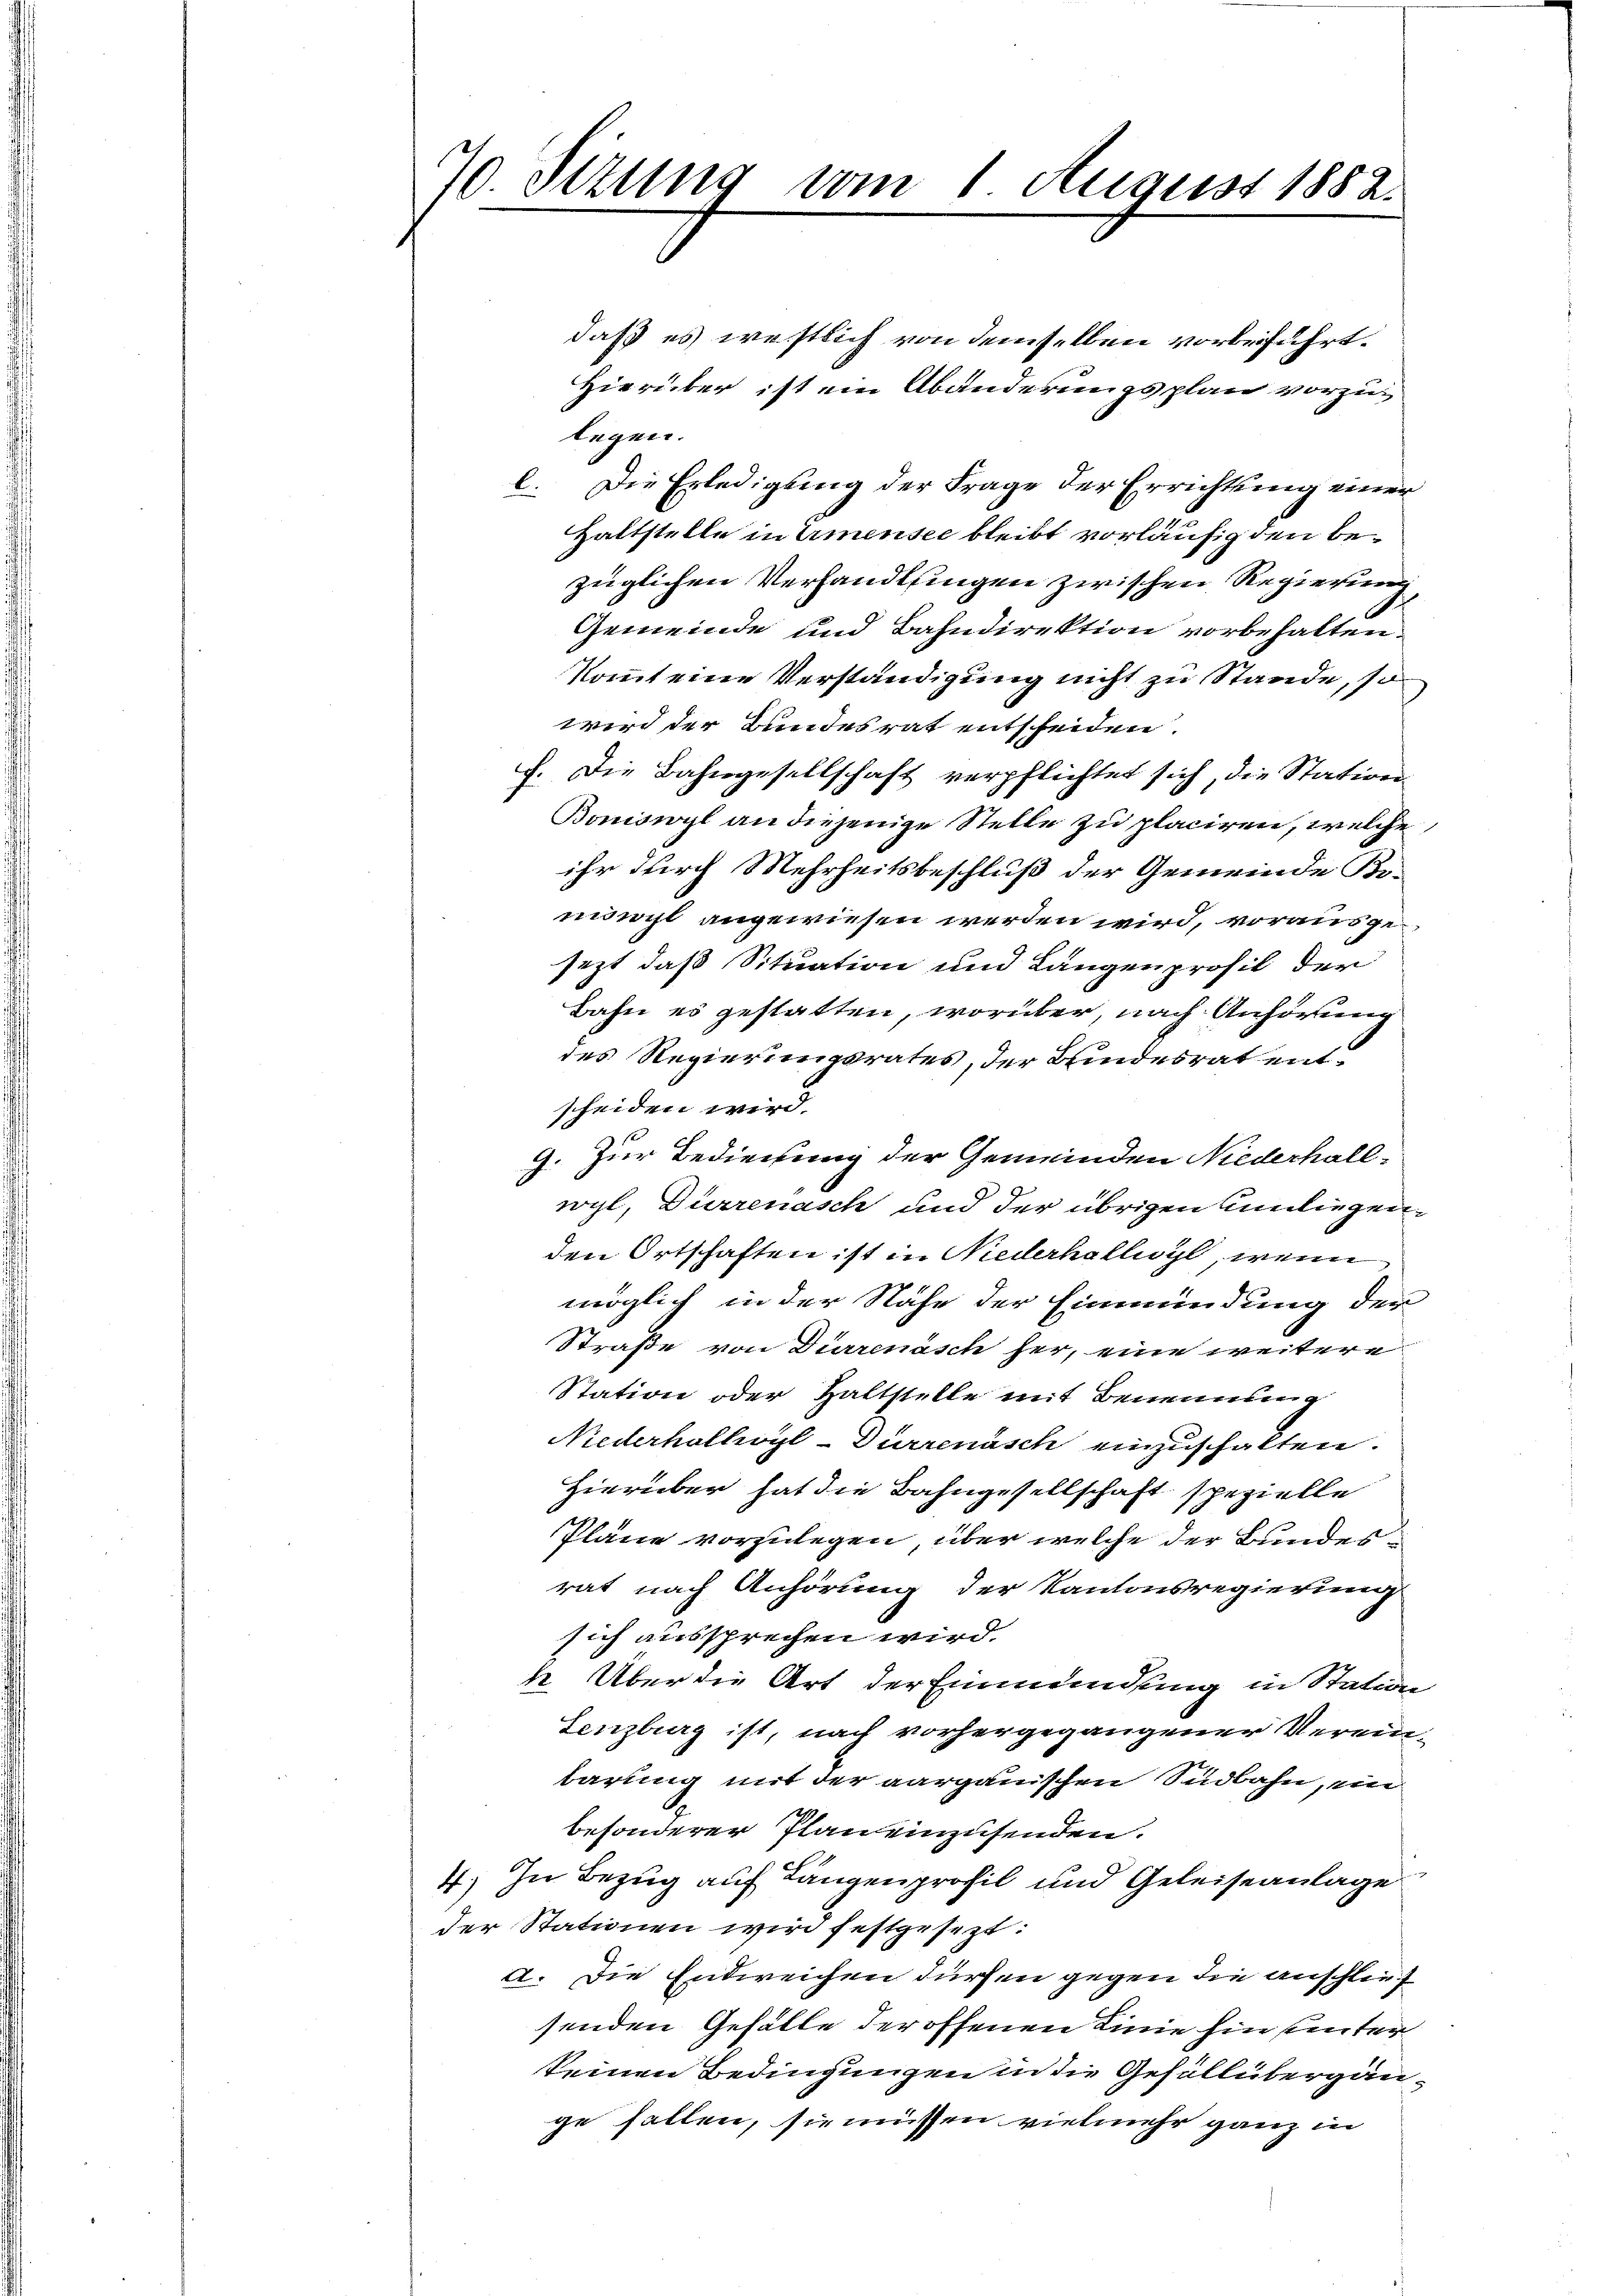
7 Setzung vom 1 August 1882.

daß es westlich von demselben vorbeiführt.
Hierüber ist ein Abänderungsplan vorzulegen.
l. Die Erledigung der Frage der Errichtung einer
Haltstelle in Armensee bleibt vorläufig den bezeglichen Verhandlungen zwischen Regierung,
Gemeinde und Bahndirektion vorbehalten.
kommt eine Verständigung nicht zu Stande, so
wird der Bundesrat entscheiden.
f. Die Bahngesellschaft verpflichtet sich, die Station
Boniswyl an diejenige Stelle zu placiren, welche
ihr durch Mehrheitsbeschluß der Gemeinde Be-
mihl angewiesen werden wird, vorausgesezt, daß Situation und Längenprofil der
Bahn es gestatten, worüber, nach Anhörung
des Regierungsrates, der Bindesrat entscheiden wird.
9. Zur Bedienung der Gemeinden Niederhall-
wyl, Dürrenasch und der übrigen Anliegenden Ortschaften ist in Niederhelligt, wenn
möglich in der Nähe der Einmündung der
Straße von Dürrenäsch her, eine weitere
Station oder Haltstelle mit Benennung
Niederholhoyl-Dürrenasch einzuschalten.
Hierüber hat die Bahngesellschaft spezielle
Pläne vorzulegen, über welche der Bundesrat nach Anhörung der Kantonsregierung
sich aussprechen wird.
k. Über die Art der Einmündung in Statum
Lenzburg ist, nach vorhergegangener Vereinbarung mit der aargauischen Südbahn, ein
besonderer Planeinzusenden.
4.) In Bezug auf Langenprofil und Geleiseanlage
der Stationen wird festgesezt:
a. Die Entweichen dürfen gegen die anschlief
senden Gefälle der offenen Linie hin unter
keinen Bedingungen in die Gefüllübergänge fallen, sie müssen vielmehr ganz in